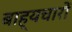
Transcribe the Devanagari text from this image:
बाह्यचारों